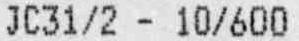
JC31/2 - 10/600